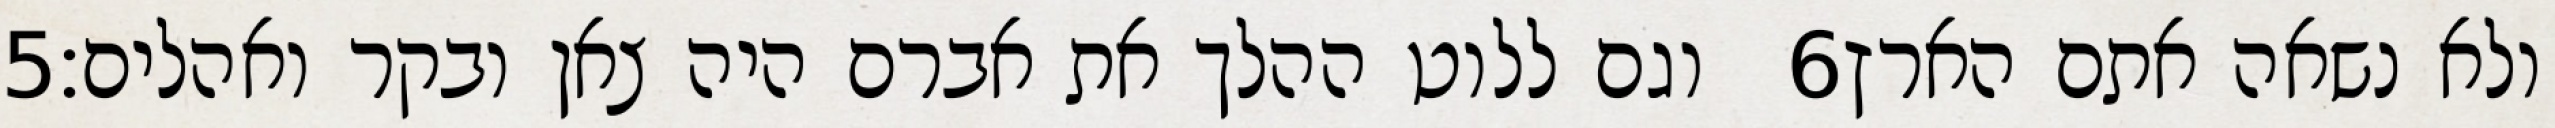
‎5‏ וגם ללוט ההלך את אברם היה צאן ובקר ואהלים׃ ‎6‏ ולא נשאה אתם הארץ